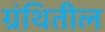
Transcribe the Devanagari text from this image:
ग्रंथितील